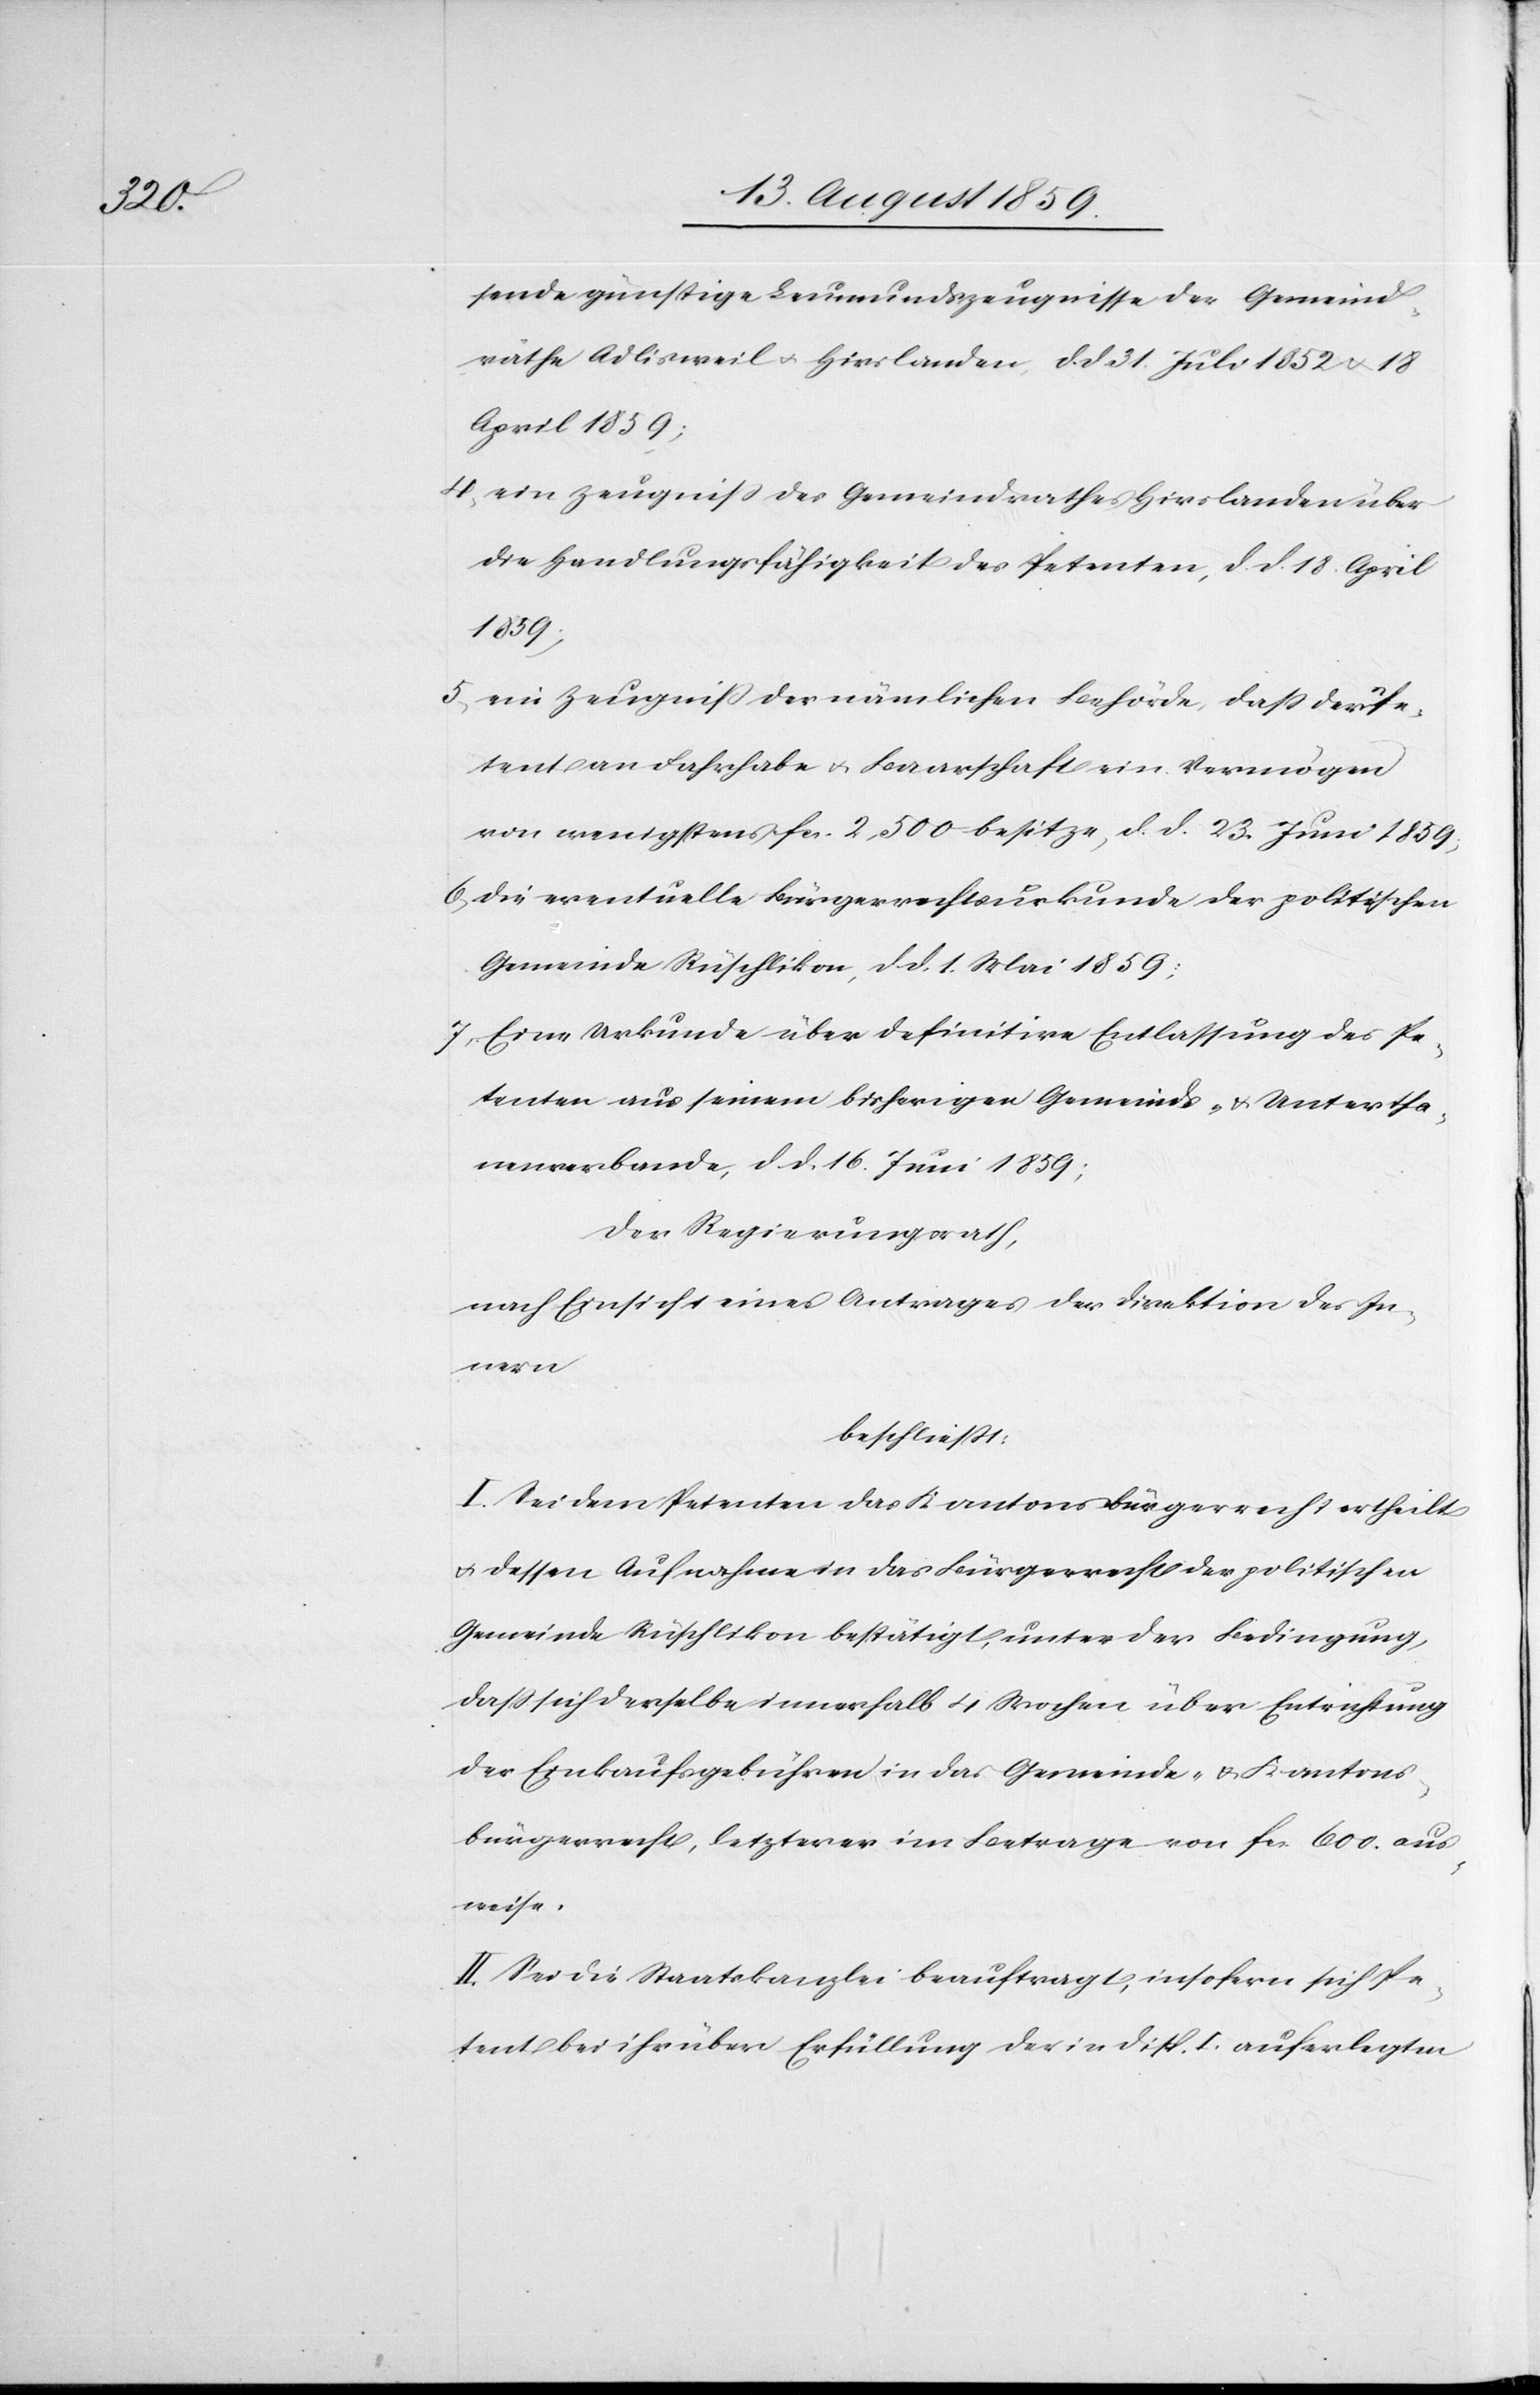
sende günstige Leumundszeugnisse der Gemeind¬
räthe Adlisweil u. Hirslanden, d. d. 31. Juli 1852 u. 18
April 1859;
4. ein Zeugniß des Gemeindrathes Hirslanden über
die Handlungsfähigkeit des Petenten, d. d. 18. April
1859;
5. ein Zeugniß der nämlichen Behörde, daß der Pe¬
tent an Fahrhabe u. Baarschaft ein Vermögen
von wenigstens fcs. 2,500 besitze, d. d. 23. Juni 1859;
6. die eventuelle Bürgerrechtsurkunde der politischen
Gemeinde Rüschlikon, d. d. 1. Mai 1859;
7. Eine Urkunde über definitive Entlassung des Pe¬
tenten aus seinem bisherigen Gemeinds- u. Untertha¬
nenverbande, d. d. 16. Juni 1859;
der Regierungsrath,
nach Einsicht eines Antrages der Direktion des In¬
nern,
beschließt:
I. Sei dem Petenten das Kantonsbürgerrecht ertheilt
u. dessen Aufnahme in das Bürgerrecht der politischen
Gemeinde Rüschlikon bestätigt, unter der Bedingung,
daß sich derselbe innerhalb 4 Wochen über Entrichtung
der Einkaufsgebühren in das Gemeinde- u. Kantons¬
bürgerrecht, letzterer im Betrage von fcs. 600. aus¬
weise.
II. Sei die Staatskanzlei beauftragt, insofern sich Pe¬
tent bei ihr über Erfüllung der in Disp. I. auferlegten